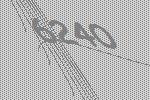
6240